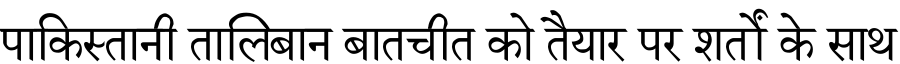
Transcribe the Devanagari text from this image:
पाकिस्तानी तालिबान बातचीत को तैयार पर शर्तों के साथ